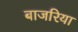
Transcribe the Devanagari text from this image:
बाजरिया